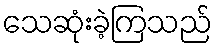
သေဆုံးခဲ့ကြသည်